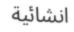
انشائية